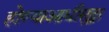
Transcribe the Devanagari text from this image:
होण्याआधीसुद्धा